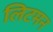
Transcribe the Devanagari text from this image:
लिटमन